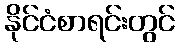
နိုင်ငံစာရင်းတွင်